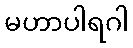
မဟာပါရဂါ